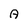
Character: A